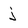
Character: j